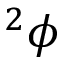
^ 2 \phi